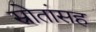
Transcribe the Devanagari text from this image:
स्रोतांसह